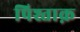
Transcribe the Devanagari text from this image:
पिश्ताक़